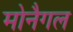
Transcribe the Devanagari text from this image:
मोनैगल